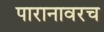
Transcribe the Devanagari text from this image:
पारानावरच